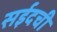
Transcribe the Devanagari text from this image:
सईदची